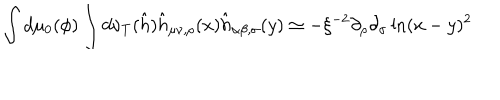
\int d \mu _ { 0 } ( \phi ) \int d \nu _ { T } ( \hat { h } ) \hat { h } _ { \mu \nu , \rho } ( x ) \hat { h } _ { \alpha \beta , \sigma } ( y ) \simeq - \xi ^ { - 2 } \partial _ { \rho } \partial _ { \sigma } \ln ( x - y ) ^ { 2 }